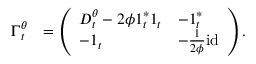
\begin{array} { r l } { \boldsymbol { \Gamma } _ { t } ^ { \theta } } & { = \left( \begin{array} { l l } { \boldsymbol { D } _ { t } ^ { \theta } - 2 \phi \boldsymbol { 1 } _ { t } ^ { * } \boldsymbol { 1 } _ { t } } & { - \boldsymbol { 1 } _ { t } ^ { * } } \\ { - \boldsymbol { 1 } _ { t } } & { - \frac 1 { 2 \phi } \mathrm { i d } } \end{array} \right) . } \end{array}